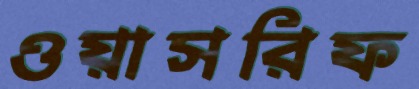
ওয়াসরিফ